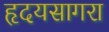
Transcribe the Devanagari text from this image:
हृदयसागरा